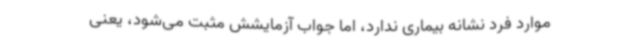
موارد فرد نشانه بیماری ندارد، اما جواب آزمایشش مثبت می‌شود، یعنی